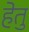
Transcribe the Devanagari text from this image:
हेेतु